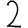
Digit: 2